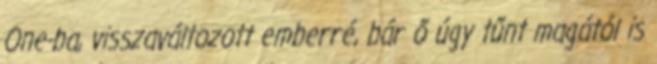
One-ba, visszaváltozott emberré, bár ő úgy tűnt magától is